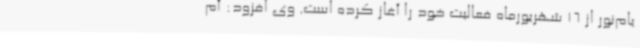
یام‌نور از 16 شهریورماه فعالیت خود را آغاز کرده است. وی افزود: آم